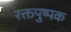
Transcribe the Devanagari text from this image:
रक्तपुष्पक